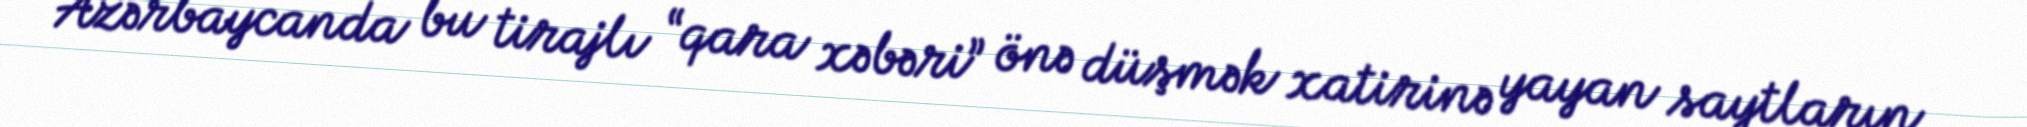
Azərbaycanda bu tirajlı “qara xəbəri” önə düşmək xatirinə yayan saytların